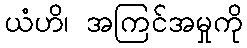
ယံဟိ၊ အကြင်အမှုကို